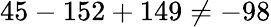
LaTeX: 45-152+149\neq-98